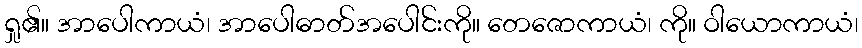
ရှု၏။ အာပေါကာယံ၊ အာပေါဓာတ်အပေါင်းကို။ တေဇောကာယံ၊ ကို။ ဝါယောကာယံ၊